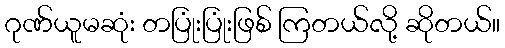
ဂုဏ်ယူမဆုံး တပြုံးပြုံးဖြစ် ကြတယ်လို့ ဆိုတယ်။